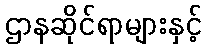
ဌာနဆိုင်ရာများနှင့်